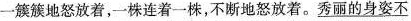
一簇簇地怒放着，一株连着一株，不断地怒放着。秀丽的身姿不